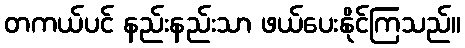
တကယ်ပင် နည်းနည်းသာ ဖယ်ပေးနိုင်ကြသည်။